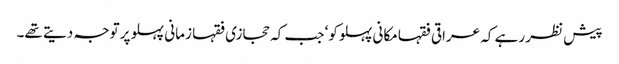
پیش نظر رہے کہ عراقی فقہا مکانی پہلو کو‘ جب کہ حجازی فقہا زمانی پہلو پر توجہ دیتے تھے۔